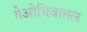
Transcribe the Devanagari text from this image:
येओचिवातल